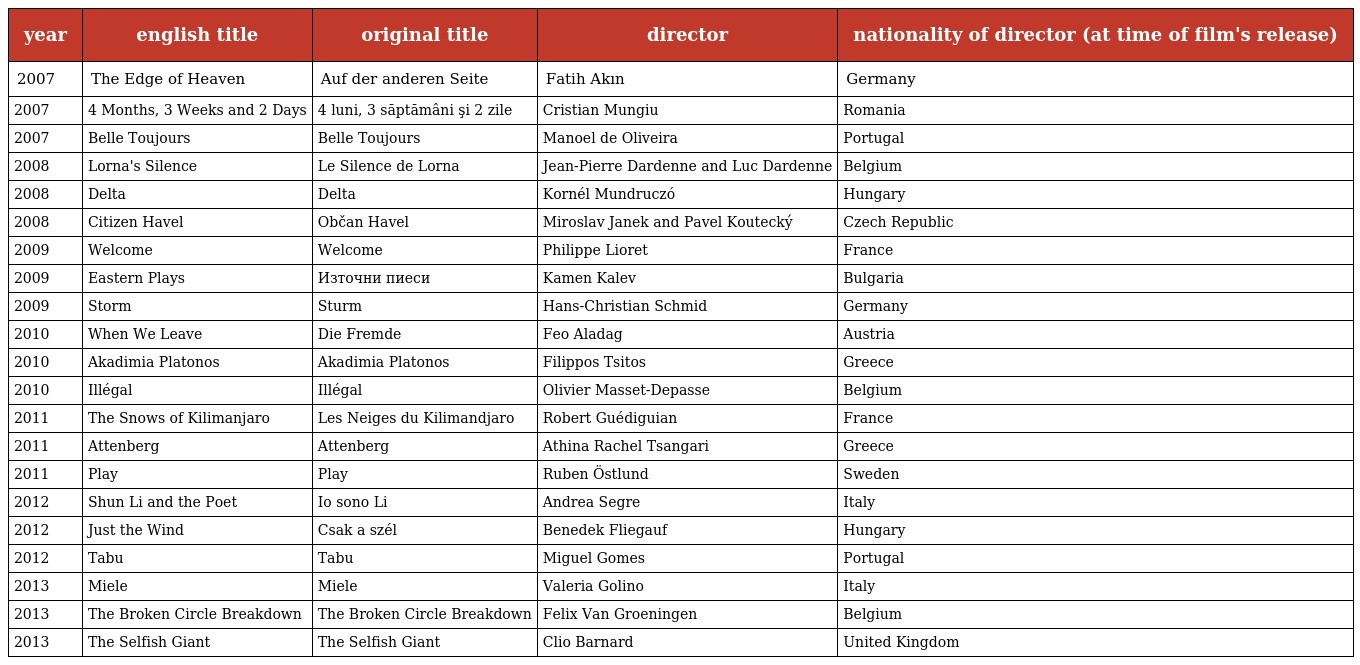
| year | english title | original title | director | nationality of director (at time of film's release) |
 | --- | --- | --- | --- | --- |
 | 2007 | The Edge of Heaven | Auf der anderen Seite | Fatih Akın | Germany |
 | 2007 | 4 Months, 3 Weeks and 2 Days | 4 luni, 3 săptămâni şi 2 zile | Cristian Mungiu | Romania |
 | 2007 | Belle Toujours | Belle Toujours | Manoel de Oliveira | Portugal |
 | 2008 | Lorna's Silence | Le Silence de Lorna | Jean-Pierre Dardenne and Luc Dardenne | Belgium |
 | 2008 | Delta | Delta | Kornél Mundruczó | Hungary |
 | 2008 | Citizen Havel | Občan Havel | Miroslav Janek and Pavel Koutecký | Czech Republic |
 | 2009 | Welcome | Welcome | Philippe Lioret | France |
 | 2009 | Eastern Plays | Източни пиеси | Kamen Kalev | Bulgaria |
 | 2009 | Storm | Sturm | Hans-Christian Schmid | Germany |
 | 2010 | When We Leave | Die Fremde | Feo Aladag | Austria |
 | 2010 | Akadimia Platonos | Akadimia Platonos | Filippos Tsitos | Greece |
 | 2010 | Illégal | Illégal | Olivier Masset-Depasse | Belgium |
 | 2011 | The Snows of Kilimanjaro | Les Neiges du Kilimandjaro | Robert Guédiguian | France |
 | 2011 | Attenberg | Attenberg | Athina Rachel Tsangari | Greece |
 | 2011 | Play | Play | Ruben Östlund | Sweden |
 | 2012 | Shun Li and the Poet | Io sono Li | Andrea Segre | Italy |
 | 2012 | Just the Wind | Csak a szél | Benedek Fliegauf | Hungary |
 | 2012 | Tabu | Tabu | Miguel Gomes | Portugal |
 | 2013 | Miele | Miele | Valeria Golino | Italy |
 | 2013 | The Broken Circle Breakdown | The Broken Circle Breakdown | Felix Van Groeningen | Belgium |
 | 2013 | The Selfish Giant | The Selfish Giant | Clio Barnard | United Kingdom |